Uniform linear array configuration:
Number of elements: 12
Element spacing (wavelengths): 0.25
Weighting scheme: hamming
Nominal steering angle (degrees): -15
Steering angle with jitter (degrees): -14.895
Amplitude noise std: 0.05
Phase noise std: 0.05

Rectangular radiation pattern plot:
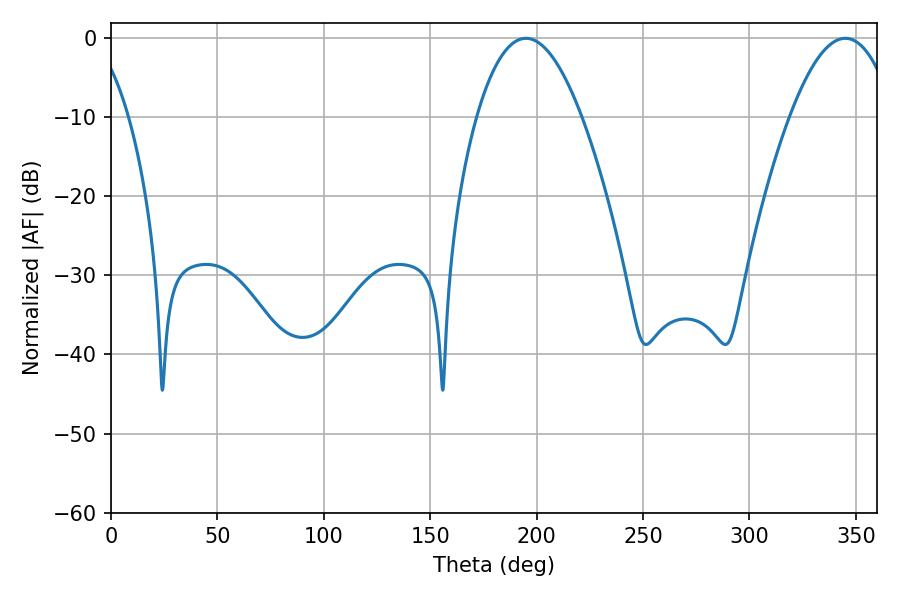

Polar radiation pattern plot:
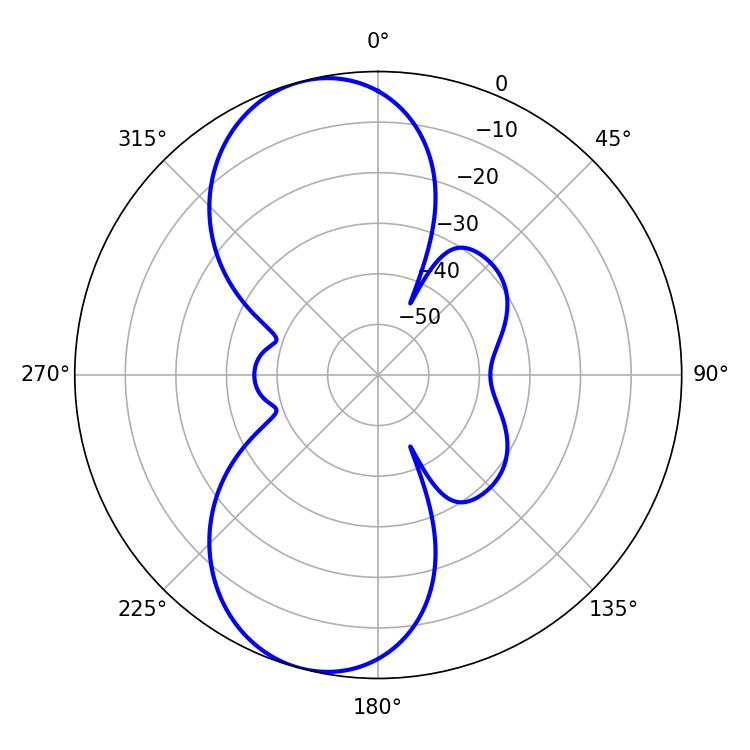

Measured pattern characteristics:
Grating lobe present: FALSE
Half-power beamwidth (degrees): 27.18
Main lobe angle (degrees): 194.94